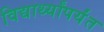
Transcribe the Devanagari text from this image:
विद्यार्थ्यांपर्यंत